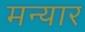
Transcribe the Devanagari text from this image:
मन्यार